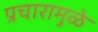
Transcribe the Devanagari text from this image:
प्रचारामुळे